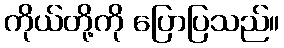
ကိုယ်တို့ကို ပြောပြသည်။